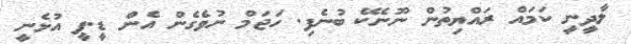
ލާދީނީ ކަމައް ރައްޔިތުން ނޫނެކޭ ބުނެފި. ހަޖަމް ނުވެގެން އެން ޑީ.ޕީ އުޅެނީ